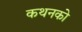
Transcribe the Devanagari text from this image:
कथनको